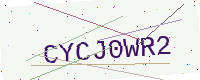
Text: CYCJ0WR2